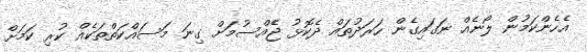
އެެހެންކަމުން ލޯނެއް ނަގައިގެން ހަަރަދުތައް ދެކޮޅު ޖެެއްސުމަށް ގިނަ މަސައްކަތްތަކެއް ކުރި ކަމަށް